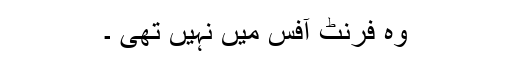
وہ فرنٹ آفس میں نہیں تھی ۔